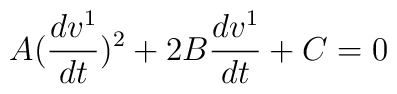
A(\frac{dv^1}{dt})^2+2B\frac{dv^1}{dt}+C=0